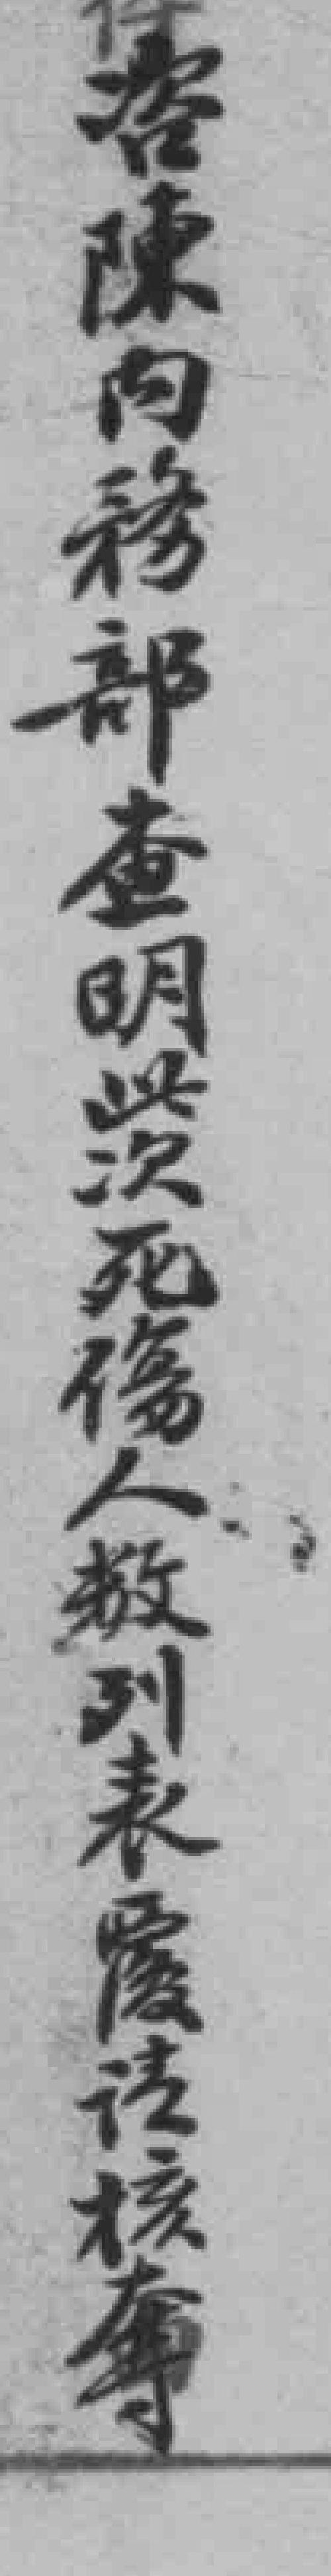
咨陳向務部查明此次死傷人救列表履法核奪